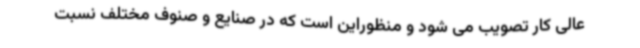
عالی کار تصویب می شود و منظوراین است که در صنایع و صنوف مختلف نسبت